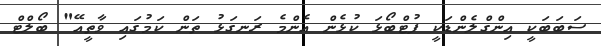
ސަބަބަކީ އިންގްލެންޑަކީ ފުޓްބޯޯޅަ ކުޅެން އެންމެ ރަނގަޅު ތަން ކަމުގައި ވާތީއޭ" ބޯލްޓް